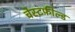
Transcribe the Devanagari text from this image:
चेस्टफ़ील्ड